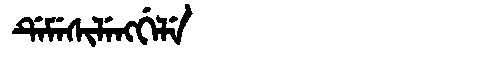
Manchu: ᡩᡝᠮᡝᠰᡳᠯᡝᠩᡤᡝᠯᡝ
Romanization: DEMESILENGGELE